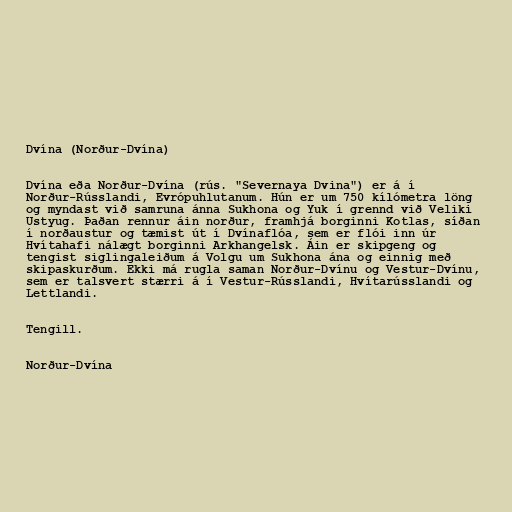
Dvína (Norður-Dvína)

Dvína eða Norður-Dvína (rús. "Severnaya Dvina") er á í
Norður-Rússlandi, Evrópuhlutanum. Hún er um 750 kílómetra löng
og myndast við samruna ánna Sukhona og Yuk í grennd við Veliki
Ustyug. Þaðan rennur áin norður, framhjá borginni Kotlas, síðan
í norðaustur og tæmist út í Dvínaflóa, sem er flói inn úr
Hvítahafi nálægt borginni Arkhangelsk. Áin er skipgeng og
tengist siglingaleiðum á Volgu um Sukhona ána og einnig með
skipaskurðum. Ekki má rugla saman Norður-Dvínu og Vestur-Dvínu,
sem er talsvert stærri á í Vestur-Rússlandi, Hvítarússlandi og
Lettlandi.

Tengill.

Norður-Dvína